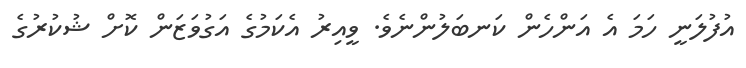
އުފުލަނީ ހަމަ އެ އަންހެން ކަނބަލުންނެވެ. ވީއިރު އެކަމުގެ އަގުވަޒަން ކޮށް ޝުކުރުގެ